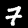
Digit: 7